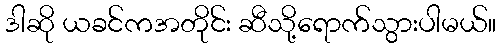
ဒါဆို ယခင်ကအတိုင်း ဆီသို့ရောက်သွားပါမယ်။